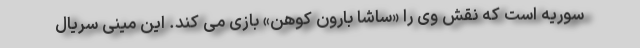
سوریه است که نقش وی را «ساشا بارون کوهن» بازی می‌ کند. این مینی‌ سریال